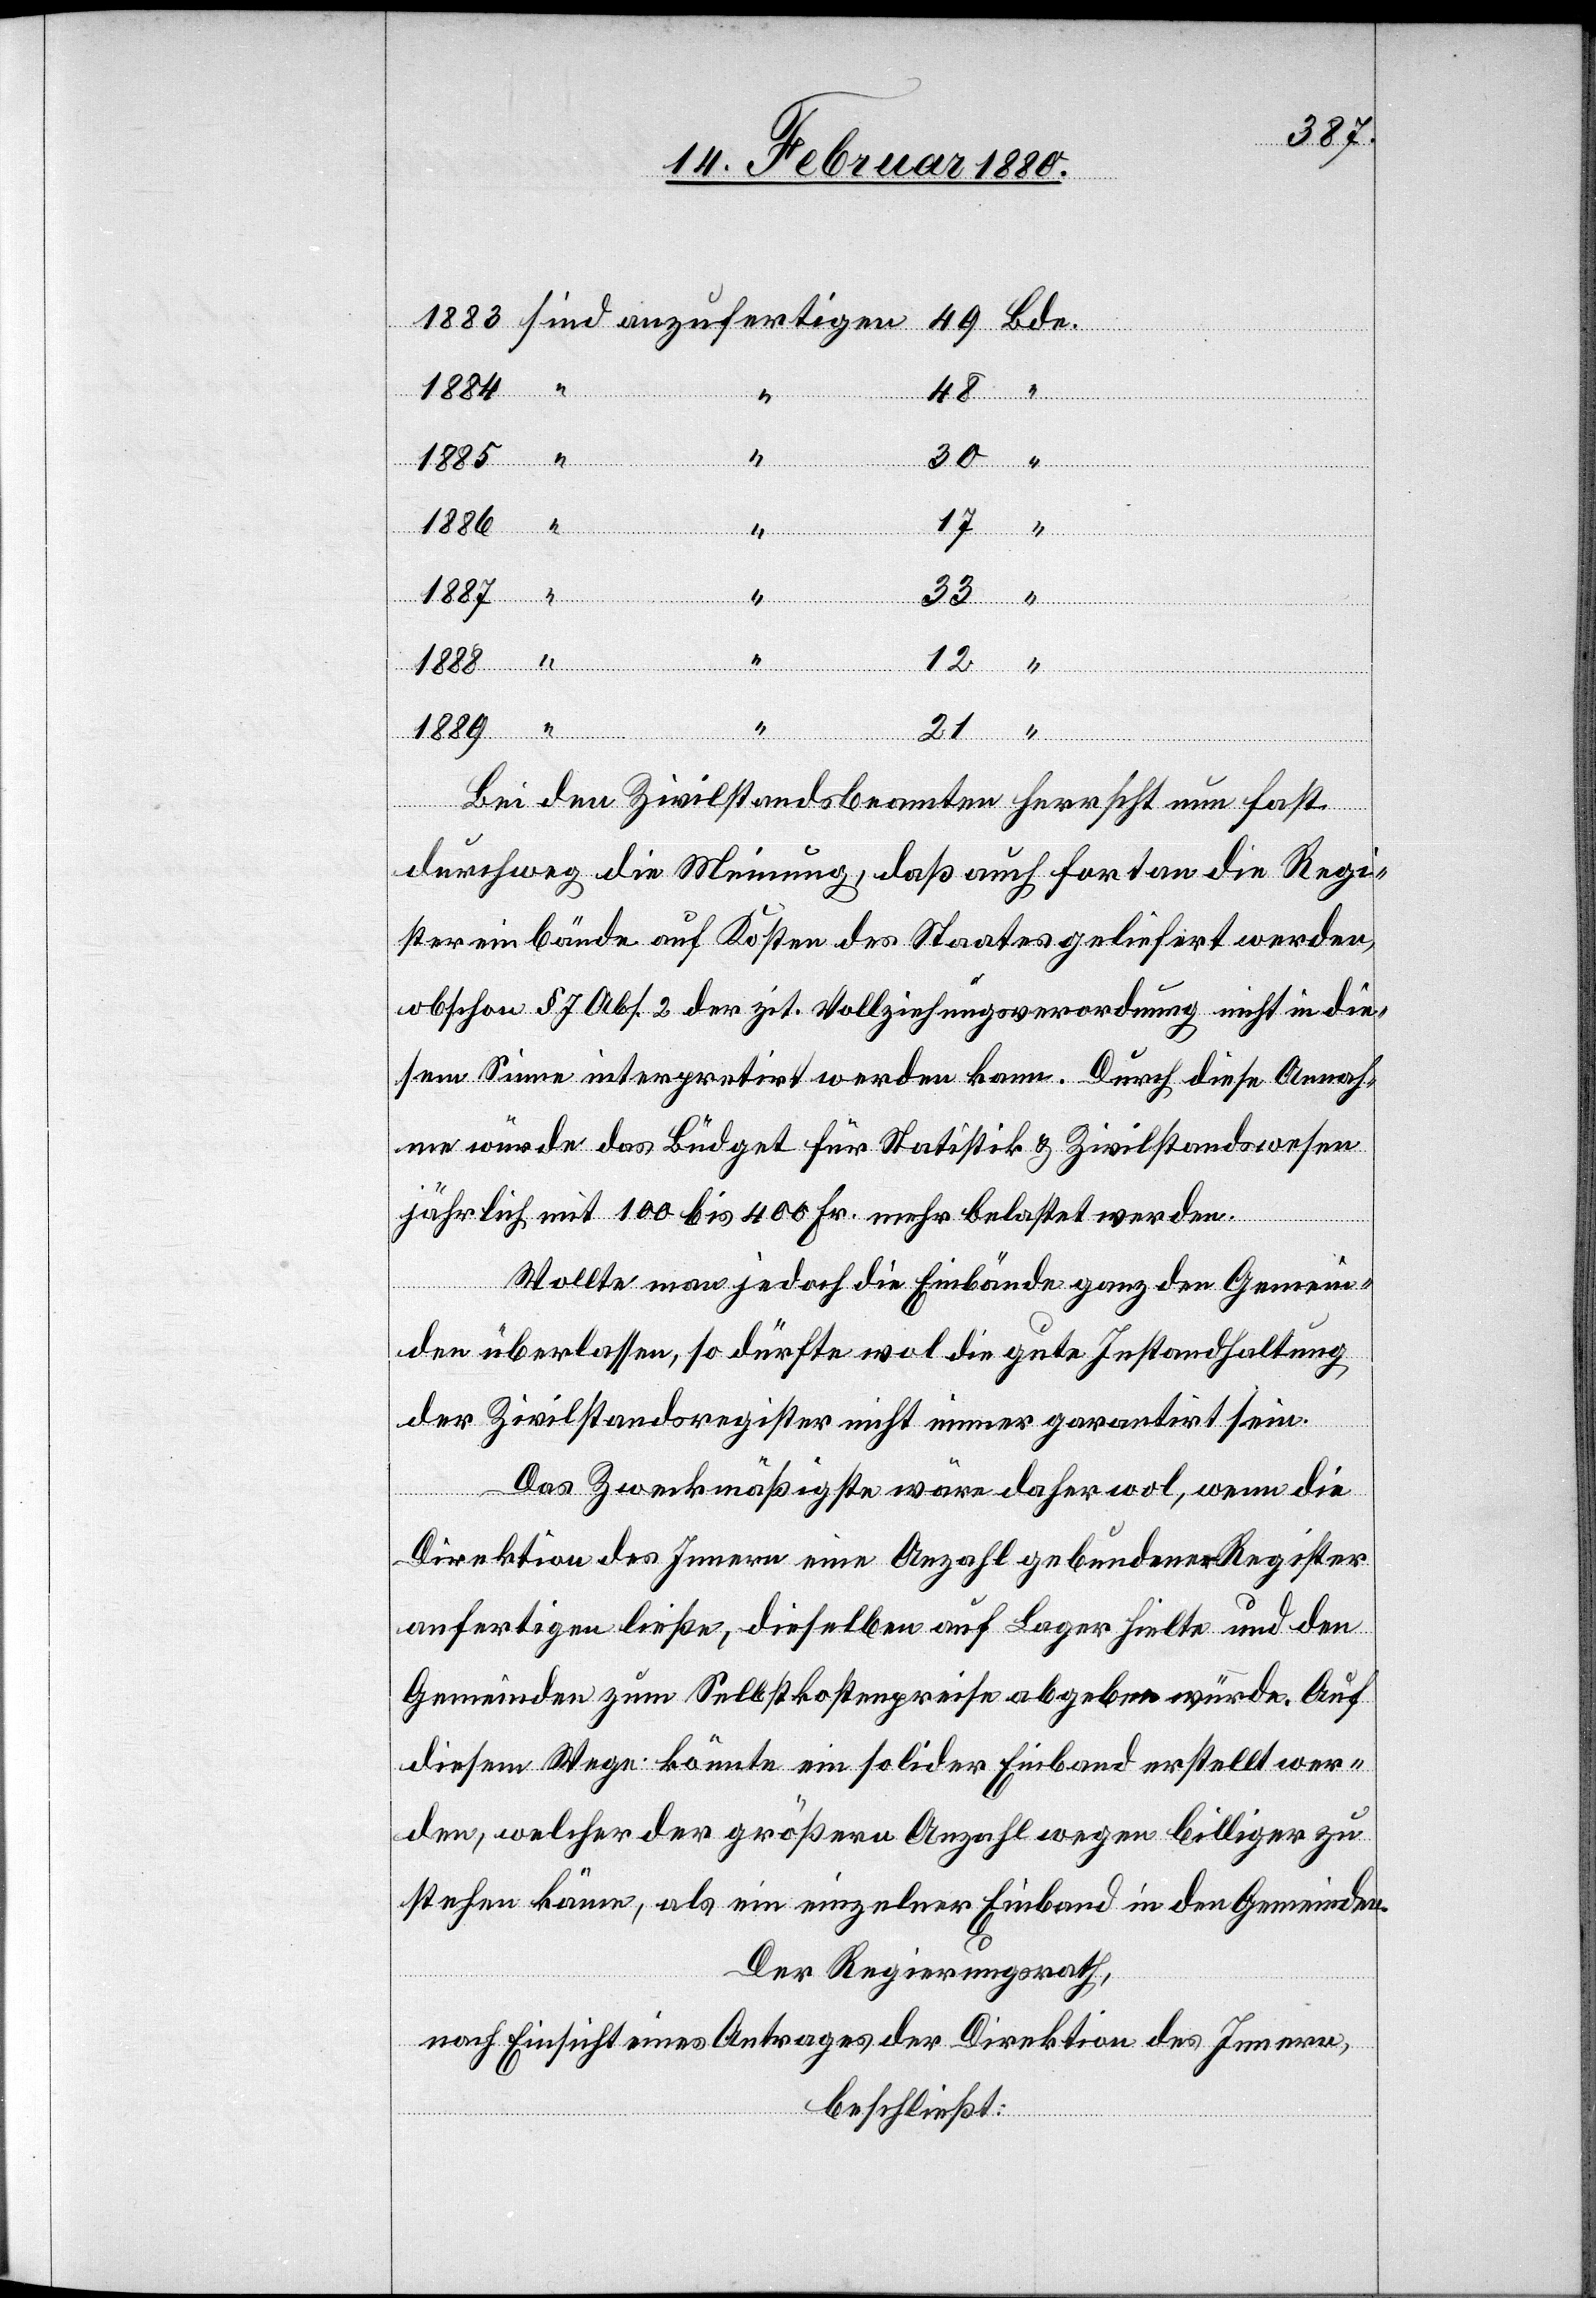
1889
anzufe¬
17
33
“
12
“
Bde.
sind
21
Bei den Zivilstandsbeamten herrscht nun fast
durchweg die Meinung, daß auch fortan die Regi¬
stereinbände auf Kosten des Staates geliefert werden,
obschon § 7 Abs. 2 der zit. Vollziehungsverordnung nicht in die¬
sem Sinne interpretirt werden kann. Durch diese Annah¬
me würde das Büdget für Statistik & Zivilstandswesen
jährlich mit 100 bis 400 Fr. mehr belastet werden.
Wollte man jedoch die Einbände ganz den Gemein¬
den überlassen, so dürfte wol die gute Instandhaltung
der Zivilstandsregister nicht immer garantirt sein.
Das Zweckmäßigste wäre daher wol, wenn die
Direktion des Innern eine Anzahl gebundener Register
anfertigen ließe, dieselben auf Lager hielte und den
Gemeinden zum Selbstkostenpreise abgeben würde. Auf
diesem Wege könnte ein solider Einband erstellt wer¬
den, welcher der größern Anzahl wegen billiger zu
stehen käme, als ein einzelner Einband in den Gemeinden.
Der Regierungsrath,
nach Einsicht eines Antrages der Direktion des Innern,
beschließt: